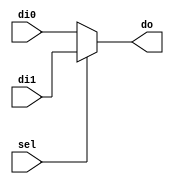
module MUX_1_2_16B (di1, di0, sel, do);
	input sel;
	input [15:0] di1, di0;
	output [15:0] do;

	assign do = sel ? di1 : di0;
endmodule